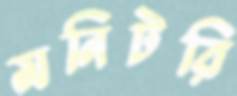
মনিটরি